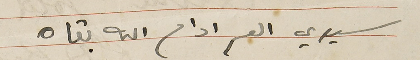
سيدي العم ادام الله بقاه